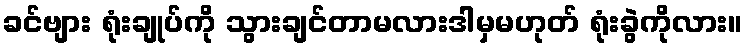
ခင်ဗျား ရုံးချုပ်ကို သွားချင်တာမလားဒါမှမဟုတ် ရုံးခွဲကိုလား။